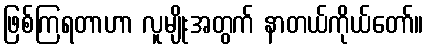
ဖြစ်ကြရတာဟာ လူမျိုးအတွက် နာတယ်ကိုယ်တော်။